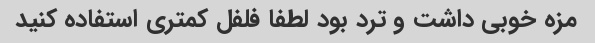
مزه خوبی داشت و ترد بود لطفا فلفل کمتری استفاده کنید